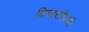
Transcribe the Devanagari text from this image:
विचाराऐवजी